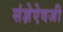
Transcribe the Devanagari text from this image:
संज्ञेऐवजी